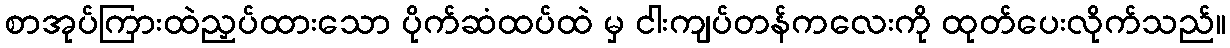
စာအုပ်ကြားထဲညှပ်ထားသော ပိုက်ဆံထပ်ထဲ မှ ငါးကျပ်တန်ကလေးကို ထုတ်ပေးလိုက်သည်။